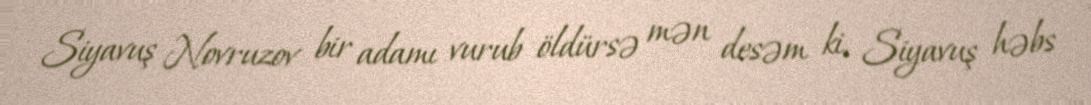
Siyavuş Novruzov bir adamı vurub öldürsə mən desəm ki, Siyavuş həbs